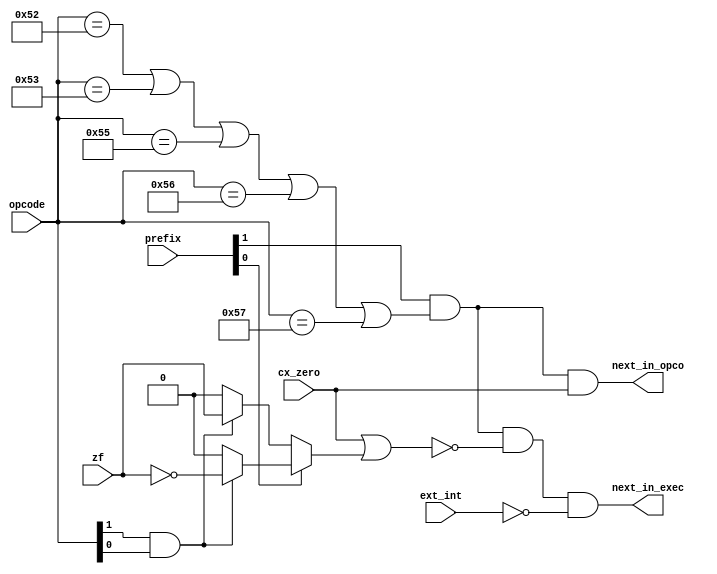
/*
 *  Fetch FSM helper for next state
 *  Copyright (C) 2010  Zeus Gomez Marmolejo <zeus@aluzina.org>
 *
 *  This file is part of the Zet processor. This processor is free
 *  hardware; you can redistribute it and/or modify it under the terms of
 *  the GNU General Public License as published by the Free Software
 *  Foundation; either version 3, or (at your option) any later version.
 *
 *  Zet is distrubuted in the hope that it will be useful, but WITHOUT
 *  ANY WARRANTY; without even the implied warranty of MERCHANTABILITY
 *  or FITNESS FOR A PARTICULAR PURPOSE. See the GNU General Public
 *  License for more details.
 *
 *  You should have received a copy of the GNU General Public License
 *  along with Zet; see the file COPYING. If not, see
 *  <http://www.gnu.org/licenses/>.
 */

module zet_next_or_not (
    input [1:0] prefix,
    input [7:1] opcode,
    input cx_zero,
    input zf,
    input ext_int,
    output next_in_opco,
    output next_in_exec
  );

  // Net declarations
  wire exit_z, cmp_sca, exit_rep, valid_ops;

  // Assignments
  assign cmp_sca = opcode[2] & opcode[1];
  assign exit_z = prefix[0] ? /* repz */ (cmp_sca ? ~zf : 1'b0 )
                            : /* repnz */ (cmp_sca ? zf : 1'b0 );
  assign exit_rep = cx_zero | exit_z;
  assign valid_ops = (opcode[7:1]==7'b1010_010   // movs
                   || opcode[7:1]==7'b1010_011   // cmps
                   || opcode[7:1]==7'b1010_101   // stos
                   || opcode[7:1]==7'b1010_110   // lods
                   || opcode[7:1]==7'b1010_111); // scas
  assign next_in_exec = prefix[1] && valid_ops && !exit_rep && !ext_int;
  assign next_in_opco = prefix[1] && valid_ops && cx_zero;
endmodule